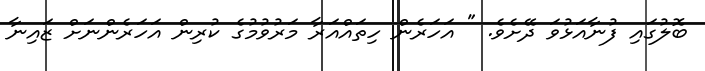
ބޮލުގައި ފުނާއަޅުވަ ދޭށެވެ. " އަހަރެން ހިތައްއަރާ މަރުވުމުގެ ކުރިން އަހަރެންނަށް ޒައިނާ